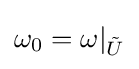
\omega _{0}=\omega |_{\tilde {U}}